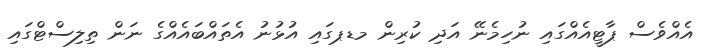
އެއްވެސް ޕާޓީއެއްގައި ނުހިމެނޭ އަދި ކުރިން މޑޕގައި އުޅުނު އެތައްބައެއްގެ ނަން ތިލިސްޓްގައި